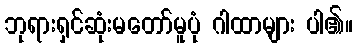
ဘုရားရှင်ဆုံးမတော်မူပုံ ဂါထာများ ပါ၏။